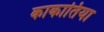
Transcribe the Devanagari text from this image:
काकातिया